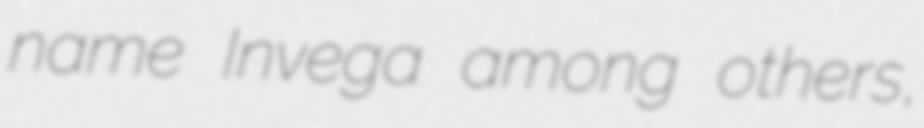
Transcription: name Invega among others,